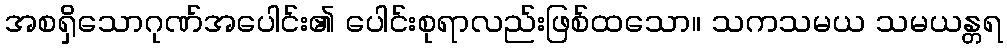
အစရှိသောဂုဏ်အပေါင်း၏ ပေါင်းစုရာလည်းဖြစ်ထသော။ သကသမယ သမယန္တရ